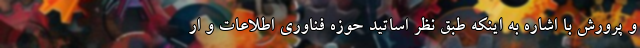
و پرورش با اشاره به اینکه طبق نظر اساتید حوزه فناوری اطلاعات و ار